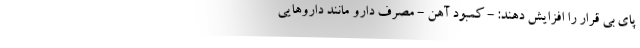
پای بی قرار را افزایش دهند: - کمبود آهن - مصرف دارو مانند داروهایی